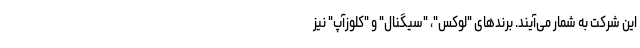
این شرکت به شمار می‌آیند. برندهای "لوکس"، "سیگنال" و "کلوزآپ" نیز